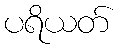
ပရိယတ်